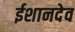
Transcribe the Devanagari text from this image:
ईशानदेव